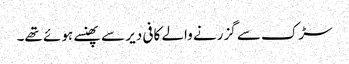
سڑک سے گزرنے والے کافی دیر سے پھنسے ہوئے تھے۔